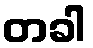
တခါ